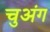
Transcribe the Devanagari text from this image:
चुअंग